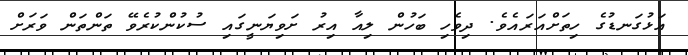
އަޅުގަނޑުގެ ހިތަށްއަރައެވެ. ދިވެހި ބަހުން ލިއާ އިރު ށަވިޔަނީގައި ސުކުންކުރެވޭ ތަންތަން ވަރަށް